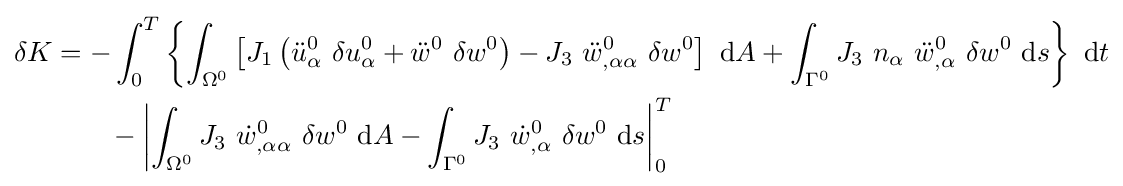
{\begin{aligned}\delta K&=-\int _{0}^{T}\left\{\int _{\Omega ^{0}}\left[J_{1}\left({\ddot {u}}_{\alpha }^{0}~\delta u_{\alpha }^{0}+{\ddot {w}}^{0}~\delta w^{0}\right)-J_{3}~{\ddot {w}}_{,\alpha \alpha }^{0}~\delta w^{0}\right]~\mathrm {d} A+\int _{\Gamma ^{0}}J_{3}~n_{\alpha }~{\ddot {w}}_{,\alpha }^{0}~\delta w^{0}~\mathrm {d} s\right\}~\mathrm {d} t\\&\qquad -\left|\int _{\Omega ^{0}}J_{3}~{\dot {w}}_{,\alpha \alpha }^{0}~\delta w^{0}~\mathrm {d} A-\int _{\Gamma ^{0}}J_{3}~{\dot {w}}_{,\alpha }^{0}~\delta w^{0}~\mathrm {d} s\right|_{0}^{T}\end{aligned}}